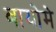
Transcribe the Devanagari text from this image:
बायोमे